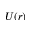
U ( r )